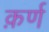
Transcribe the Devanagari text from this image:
क़र्ण